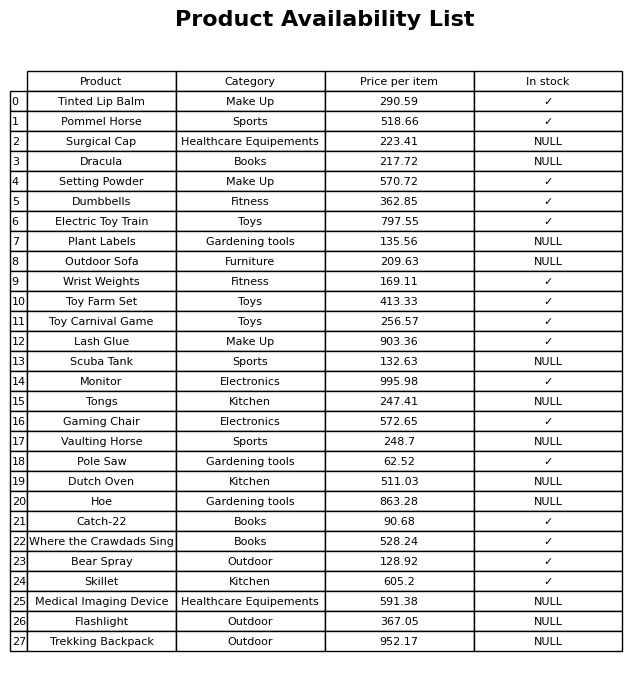
question: What category does the Skillet belong to?
answer: Kitchen